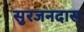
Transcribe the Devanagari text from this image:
सुरजनदास